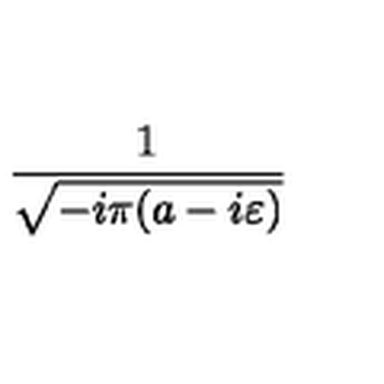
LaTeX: \frac { 1 } { \sqrt { - i \pi ( a - i \varepsilon ) } }